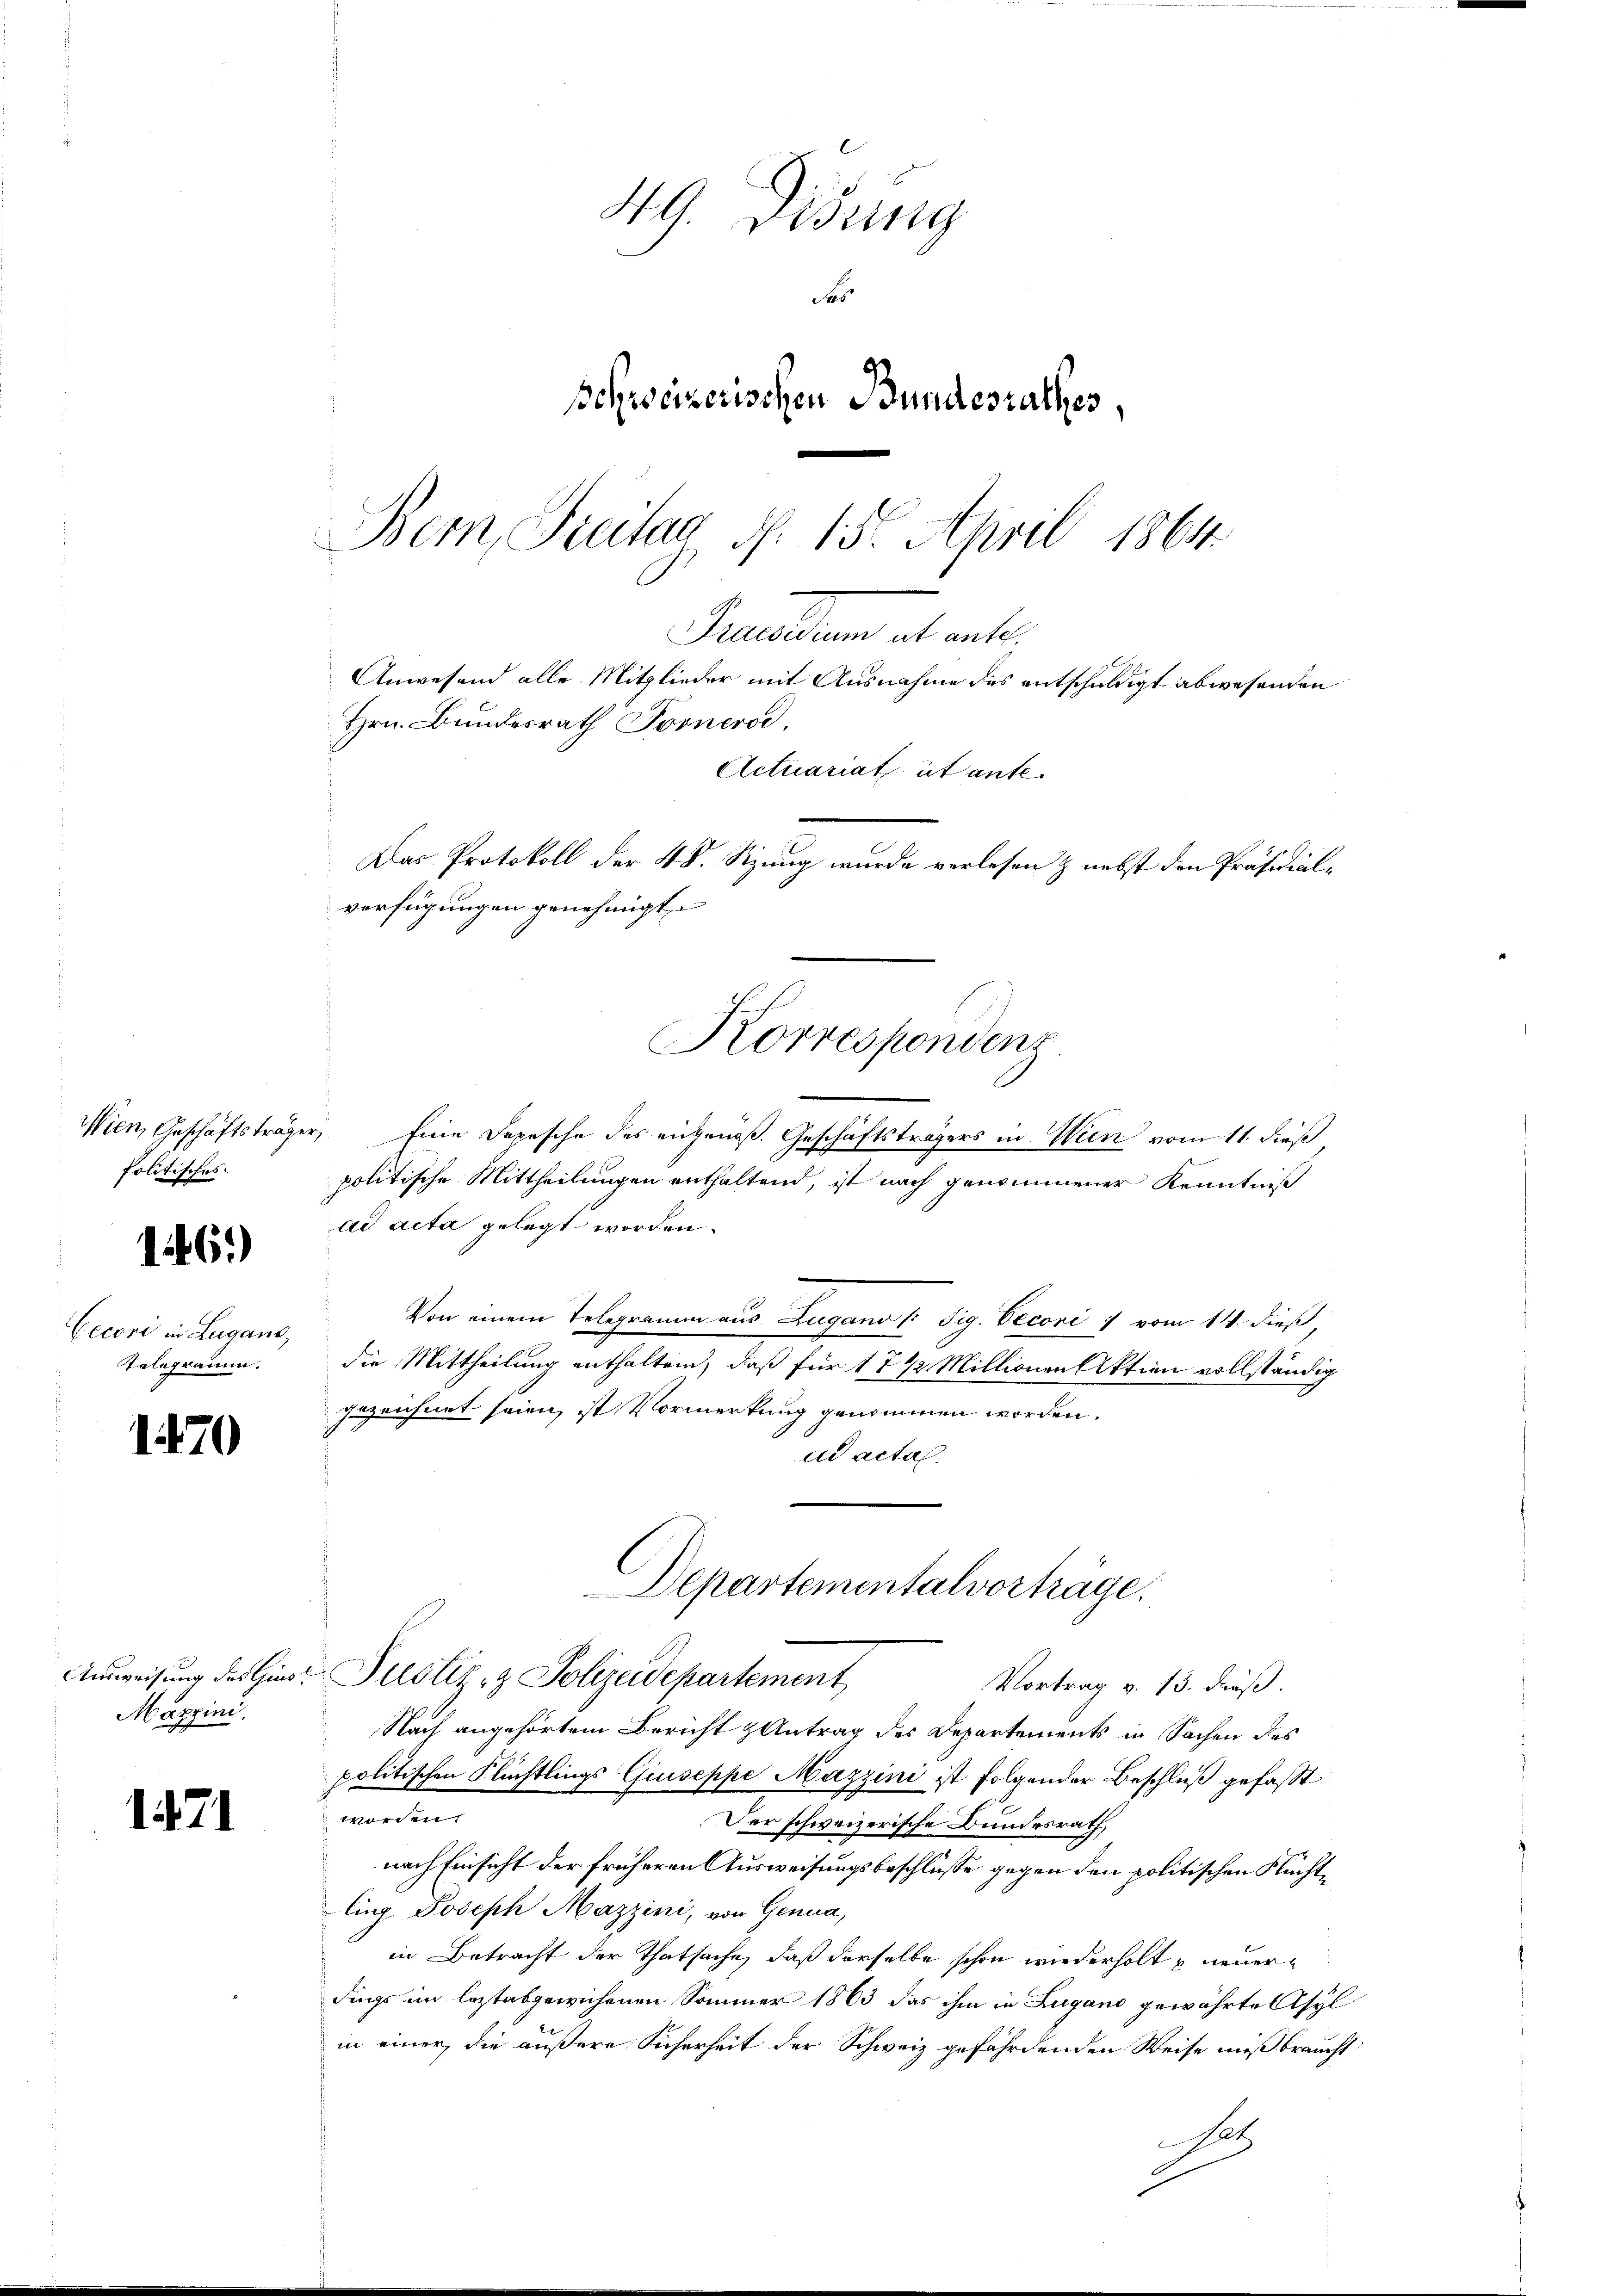
folitisches

16.)

Cecori in Lugano,
Telegramm.

1470

Wien, Geschäftsträger, Eine Depesche des angenoß. Geschäftsträgers in Wien vom 11. dieß
politische Mittheilungen enthaltend, ist nach genommener Kenntniß
ad acta gelegt worden.
Von einem Telegramm aus Zugano l. Sig. Oeconi 7 vom 14. dieß,
die Mittheilung enthalten, daß für 17 1/2 Millionen Aktion vollständig
gezeichnet seien, ist Vormerkung genommen worden.
ad acta.
Departementalvorträge.
Anweisung des Hino Pustiz- & Polizeidepartement
Vortrag v. 13. dieß.
Nach angehörtem Bericht & Antrag des Departements in Sachen des
politischen Flüchtlings Giuseppe Mazzini ist folgender Beschluß gefaßt
worden.
Der schweizerische Bundesrath,
nach Einsicht der früheren Ausweisungsbeschlüsse gegen den politischen Flüchtling Joseph Mazzini, von Genua,
in Betracht der Thatsache, daß derselbe schon wiederholt p neuerdings im leztabgewichenen Sommer 1863 das ihm in Lugano gewährte Asyl
in einer, die äußere Sicherheit der Schweiz gefährdenden Weise mißbraucht
H

Mazzini.

1471

49. Disung
des
schweizerischen Bundesrathes,
Bem, Freitag d. 15. April 1864.

Hrn. Bundesrath Foonero.
Das Protokoll der 48. Sitzung wurde verlesen & nebst den Präsidialverfügungen genehmigt
Korrespondenz

ealten et aber
Anwesend alle Mitglieder mit Ausnahme des entschuldigt abwesenden

Actuariat, ut ante.